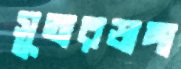
সুতারডাঙ্গা